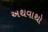
અથવાથો